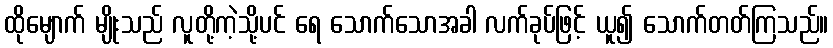
ထိုမျောက် မျိုးသည် လူတို့ကဲ့သို့ပင် ရေ သောက်သောအခါ လက်ခုပ်ဖြင့် ယူ၍ သောက်တတ်ကြသည်။